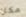
مكان